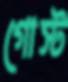
গোস্ট